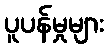
ပူပန်မှုများ